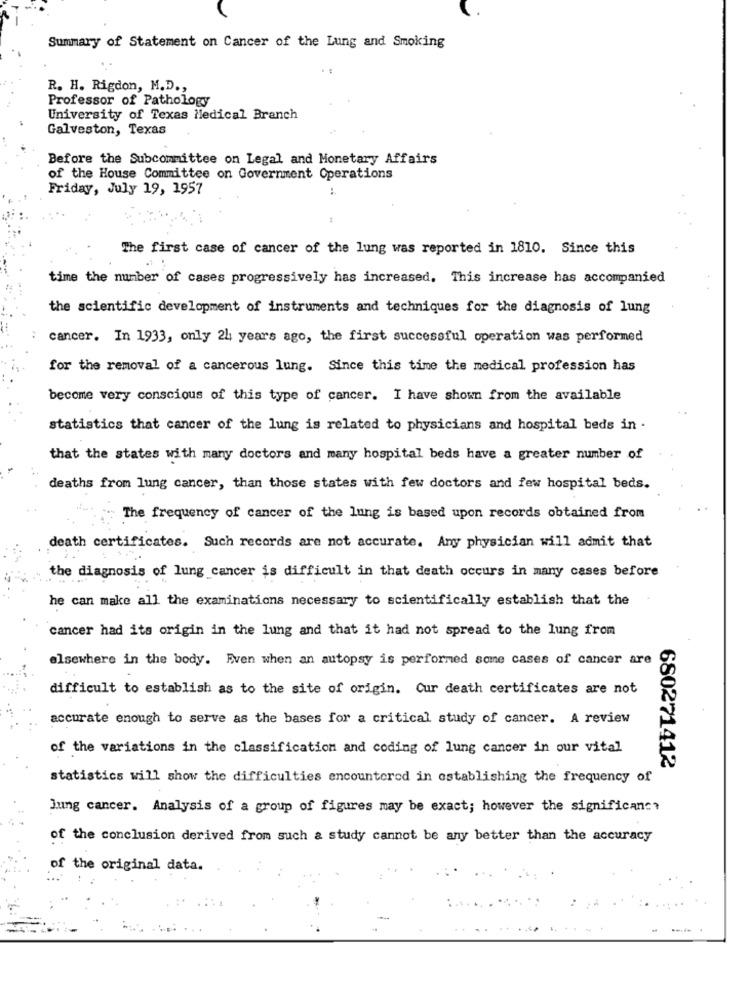
Summary of Statement on Cancer of the Lung and Smoking
R. H. Rigdon, M.D .,
Professor of Pathology
University of Texas Medical Branch
Galveston, Texas
Before the Subcommittee on Legal and Monetary Affairs
of the House Committee on Government Operations
Friday, July 19, 1957
The first case of cancer of the lung was reported in 1810. Since this
time the number of cases progressively has increased, This increase has accompanied
the scientific development of instruments and techniques for the diagnosis of lung
cancer. In 1933, only 24 years ago, the first successful operation was performed
for the removal of a cancerous lung. Since this time the medical profession has
become very conscious of this type of cancer. I have shown from the available
statistics that cancer of the lung is related to physicians and hospital beds in .
that the states with many doctors and many hospital beds have a greater number of
deaths from lung cancer, than those states with few doctors and few hospital beds.
The frequency of cancer of the lung is based upon records obtained from
death certificates. Such records are not accurate. Any physician will admit that
the diagnosis of lung cancer is difficult in that death occurs in many cases before
he can make all the examinations necessary to scientifically establish that the
cancer had its origin in the lung and that it had not spread to the lung from
elsewhere in the body. Even when an autopsy is performed some cases of cancer are
difficult to establish as to the site of origin. Cur death certificates are not
accurate enough to serve as the bases for a critical study of cancer. A review
of the variations in the classification and coding of lung cancer in our vital
680271412
statistics will show the difficulties encountered in establishing the frequency of
Jung cancer. Analysis of a group of figures may be exact; however the significance
of the conclusion derived from such a study cannot be any better than the accuracy
of the original data.
---